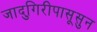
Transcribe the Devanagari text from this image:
जादुगिरीपासूसुन